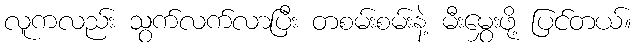
လူကလည်း သွက်လက်လာပြီး တစမ်းစမ်းနဲ့ မီးမွှေးဖို့ ပြင်တယ်။